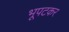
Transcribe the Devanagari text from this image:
भूपटकर